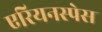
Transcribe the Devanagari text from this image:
एरियनस्पेस